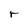
Character: r